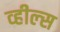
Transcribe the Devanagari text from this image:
व्‍हील्‍स